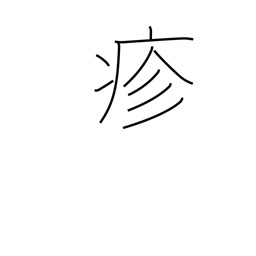
Meaning: sickness